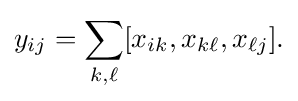
\displaystyle {y_{ij}=\sum _{k,\ell }[x_{ik},x_{k\ell },x_{\ell j}].}